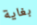
بغاية